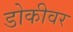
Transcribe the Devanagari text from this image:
डोकीवर